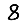
Digit: 8